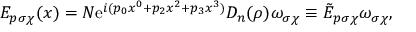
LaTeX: E _ { p \sigma \chi } ( x ) = N \mathrm { e } ^ { i ( p _ { 0 } x ^ { 0 } + p _ { 2 } x ^ { 2 } + p _ { 3 } x ^ { 3 } ) } D _ { n } ( \rho ) \omega _ { \sigma \chi } \equiv \tilde { E } _ { p \sigma \chi } \omega _ { \sigma \chi } ,